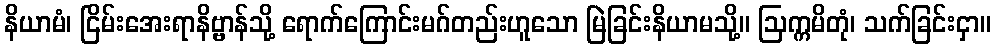
နိယာမံ၊ ငြိမ်းအေးရာနိဗ္ဗာန်သို့ ရောက်ကြောင်းမဂ်တည်းဟူသော မြဲခြင်းနိယာမသို့။ ဩက္ကမိတုံ၊ သက်ခြင်းငှာ။